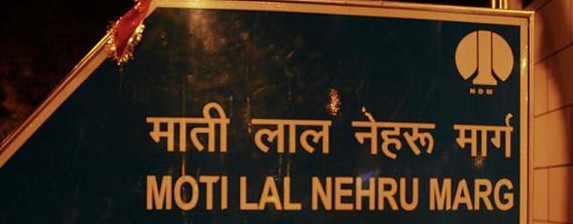
Language: hindi
Transcription: माती लाल मार्ग नेहरू